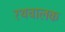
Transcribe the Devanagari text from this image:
रथचालक